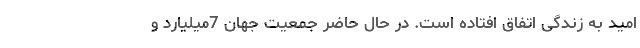
امید به زندگی اتفاق افتاده است. در حال حاضر جمعیت جهان 7میلیارد و